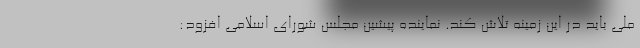
ملی باید در این زمینه تلاش کند. نماینده پیشین مجلس شورای اسلامی افزود: